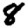
Digit: 8